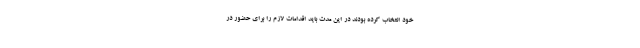
خود انتخاب کرده بودند در این مدت باید اقدامات لازم را برای حضور در